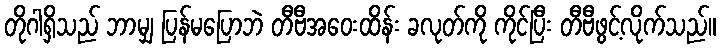
တိုဂါရှိသည် ဘာမျှ ပြန်မပြောဘဲ တီဗီအဝေးထိန်း ခလုတ်ကို ကိုင်ပြီး တီဗီဖွင့်လိုက်သည်။